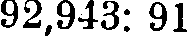
92,943: 91